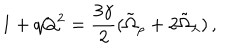
LaTeX: 1 + q Q ^ { 2 } = \frac { 3 \gamma } { 2 } ( \tilde { \Omega } _ { \rho } + 2 \tilde { \Omega } _ { \lambda } ) \, ,